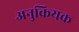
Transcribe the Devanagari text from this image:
अनुक्रियक